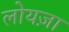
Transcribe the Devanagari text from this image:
लोयज़ा